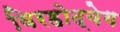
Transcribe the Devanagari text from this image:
विरहोद्वेग